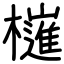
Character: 𣝤